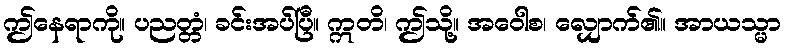
ဤနေရာကို။ ပညတ္တံ၊ ခင်းအပ်ပြီ။ ဣတိ၊ ဤသို့။ အဝေါစ၊ လျှောက်၏။ အာယသ္မာ